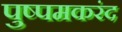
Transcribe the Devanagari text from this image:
पुष्पमकरंद